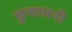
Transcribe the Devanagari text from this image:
कुचामनी